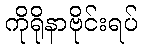
ကိုရိုနာဗိုင်းရပ်